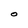
Character: O